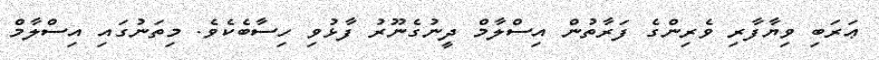
ޢަރަބި ވިޔާފާރި ވެރިންގެ ފަރާތުން އިސްލާމް ދީނުގެނޫރު ފާޅުވި ހިސާބެކެވެ. މިތަނުގައި އިސްލާމް